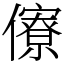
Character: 𠐟